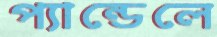
প্যান্ডেলে